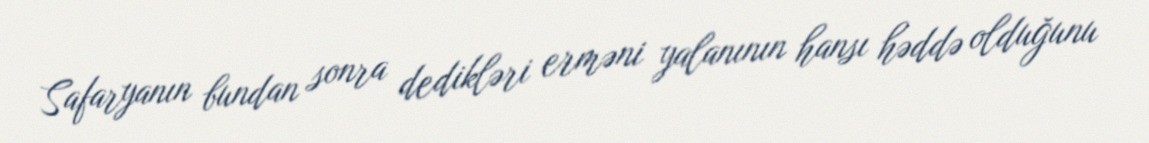
Safaryanın bundan sonra dedikləri erməni yalanının hansı həddə olduğunu